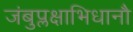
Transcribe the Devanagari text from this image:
जंबुप्लक्षाभिधानौ